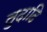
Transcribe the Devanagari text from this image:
तुदादि